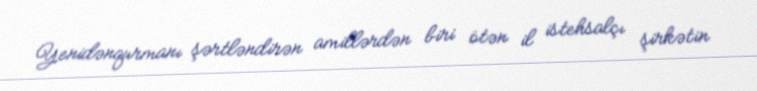
Yenidənqurmanı şərtləndirən amillərdən biri ötən il istehsalçı şirkətin